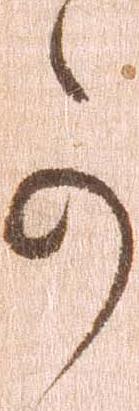
可